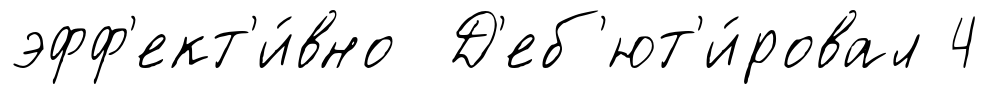
эфф'ект'и́вно Д'еб'ют'и́ровал 4